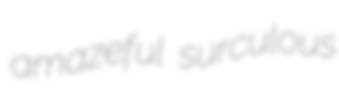
amazeful surculous